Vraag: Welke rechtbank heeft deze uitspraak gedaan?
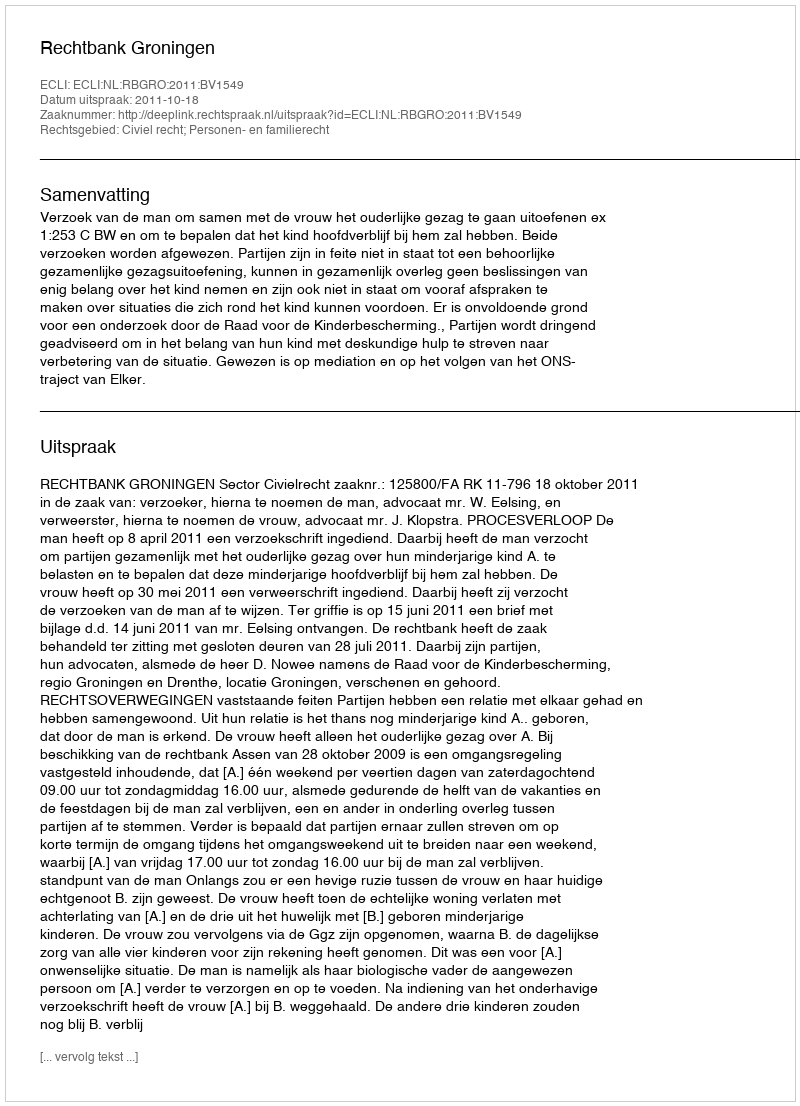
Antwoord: Rechtbank Groningen